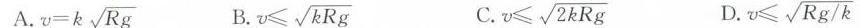
A. $$v = k \sqrt { R g }$$ B. $$v ≤ \sqrt { k R g }$$ C. $$v ≤ \sqrt{ 2 k R g }$$ D. $$v ≤ \sqrt{ R g / k }$$